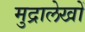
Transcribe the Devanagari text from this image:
मुद्रालेखों